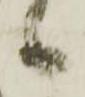
候